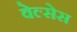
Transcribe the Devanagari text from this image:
वेल्सेस